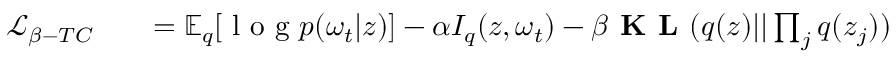
\begin{array} { r l r } { \mathcal { L } _ { \beta - T C } } & { { } } & { = \mathbb { E } _ { q } [ \mathrm { ~ l ~ o ~ g ~ } p ( \omega _ { t } | \boldsymbol { z } ) ] - \alpha I _ { q } ( \boldsymbol { z } , \omega _ { t } ) - \beta \textbf { K L } ( q ( \boldsymbol { z } ) | | \prod _ { j } q ( \boldsymbol { z } _ { j } ) ) } \end{array}